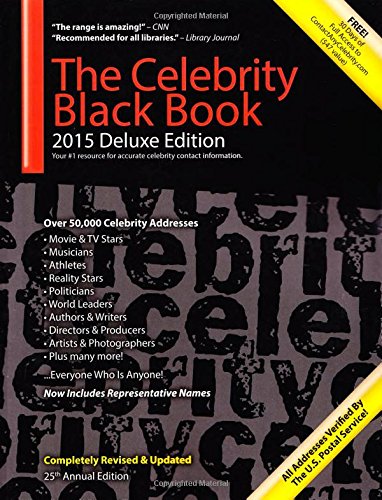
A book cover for The Celebrity Black Book 2015: Over 50,000 Celebrity Addresses; Crafts, Hobbies & Home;